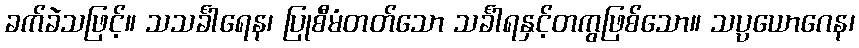
ခက်ခဲသဖြင့်။ သသင်္ခါရေန၊ ပြုစီမံတတ်သော သင်္ခါရနှင့်တကွဖြစ်သော။ သပ္ပယောဂေန၊